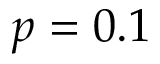
p = 0 . 1